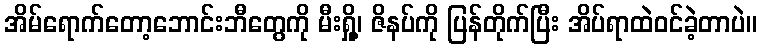
အိမ်ရောက်တော့ဘောင်းဘီတွေကို မီးရှို့၊ ဇိနပ်ကို ပြန်တိုက်ပြီး အိပ်ရာထဲဝင်ခဲ့တာပဲ။